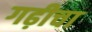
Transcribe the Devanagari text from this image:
गढ़ीचा